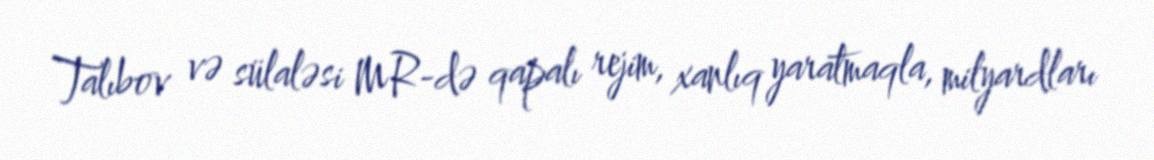
Talıbov və sülaləsi MR-də qapalı rejim, xanlıq yaratmaqla, milyardları